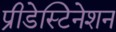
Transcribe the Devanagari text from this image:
प्रीडेस्टिनेशन